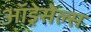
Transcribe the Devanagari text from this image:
ऑड्रेसेल्स